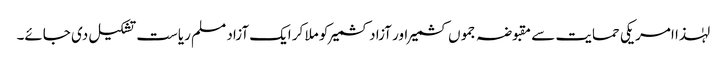
لہٰذا امریکی حمایت سے مقبوضہ جموں کشمیر اور آزاد کشمیر کو ملا کر ایک آزاد مسلم ریاست تشکیل دی جائے۔